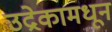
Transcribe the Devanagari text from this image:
उद्रेकामधून